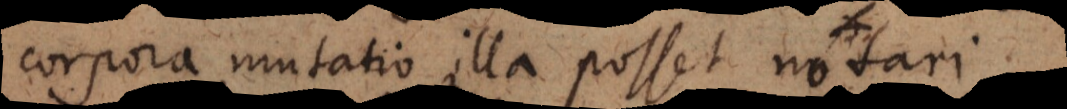
corpora, mutatio illa posset notari.